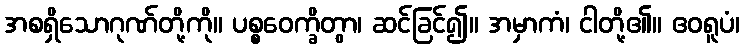
အစရှိသောဂုဏ်တို့ကို။ ပစ္စဝေက္ခိတွာ၊ ဆင်ခြင်၍။ အမှာကံ၊ ငါတို့၏။ ဧဝရူပံ၊